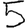
Digit: 5